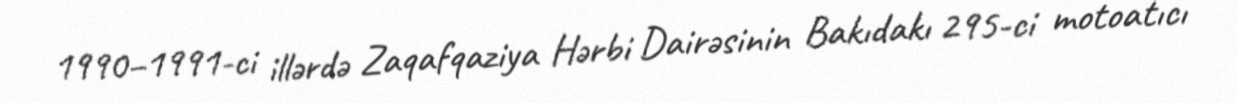
1990–1991-ci illərdə Zaqafqaziya Hərbi Dairəsinin Bakıdakı 295-ci motoatıcı